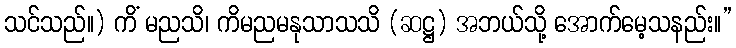
သင်သည်။) ကိံ မညသိ၊ ကိမညမနုသာသသိ (ဆဋ္ဌ) အဘယ်သို့ အောက်မေ့သနည်း။”